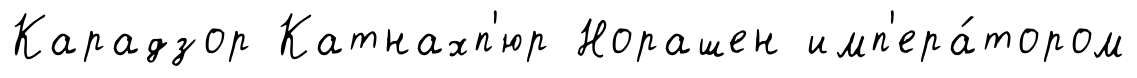
Карадзор Катнахп'юр Норашен имп'ера́тором